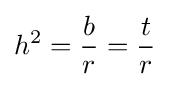
h^{2}={\frac {b}{r}}={\frac {t}{r}}